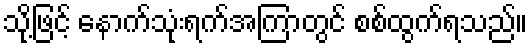
သို့ဖြင့် နောက်သုံးရက်အကြာတွင် စစ်ထွက်ရသည်။